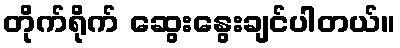
တိုက်ရိုက် ဆွေးနွေးချင်ပါတယ်။